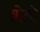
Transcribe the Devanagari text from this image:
ब्रोमी